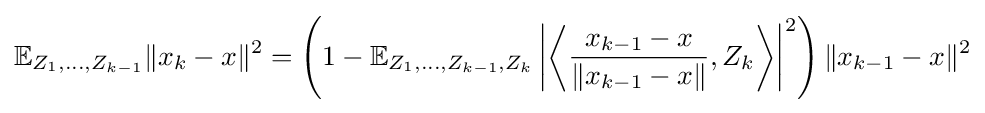
\mathbb {E} _{Z_{1},\ldots ,Z_{k-1}}{\|x_{k}-x\|^{2}}=\left(1-\mathbb {E} _{Z_{1},\ldots ,Z_{k-1},Z_{k}}\left|\left\langle {\frac {x_{k-1}-x}{\|x_{k-1}-x\|}},Z_{k}\right\rangle \right|^{2}\right){\|x_{k-1}-x\|^{2}}